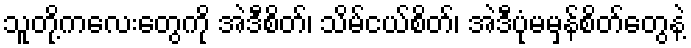
သူတို့ကလေးတွေကို အဲဒီစိတ်၊ သိမ်ငယ်စိတ်၊ အဲဒီပုံမမှန်စိတ်တွေနဲ့